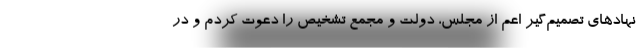
نهادهای تصمیم‌گیر اعم از مجلس، دولت و مجمع تشخیص را دعوت کردم و در